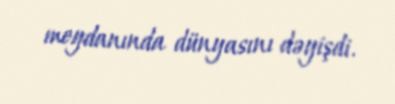
meydanında dünyasını dəyişdi.